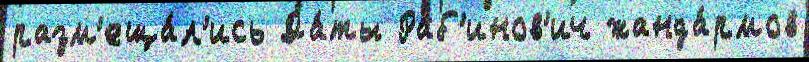
разм'еща́л'ись Да́ты Раб'инов'ич жанда́рмов